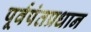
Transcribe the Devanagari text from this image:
पूर्वपंतप्रधान